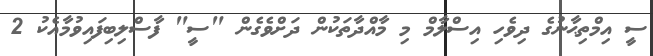
ސީ އިމްތިޙާނުގެ ދިވެހި އިސްލާމް މި މާއްދާތަކުން ދަށްވެގެން "ސީ" ފާސްލިބިފައިވުމާއެކު 2